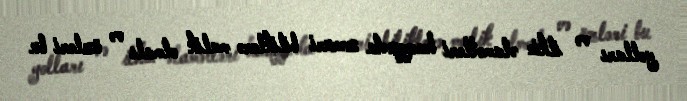
yolları və ilkin əlamətləri haqqında zəruri biliklərə malik olmalı və özləri bu